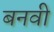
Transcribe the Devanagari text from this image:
बनवी